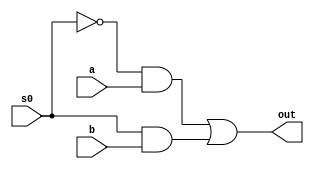
`timescale 1ns / 1ps
//////////////////////////////////////////////////////////////////////////////////
// Company: 
// Engineer: 
// 
// Design Name: 
// Module Name: mux2_1
// Project Name: 
// Target Devices: 
// Tool Versions: 
// Description: 
// 
// Dependencies: 
// 
// Revision:
// Revision 0.01 - File Created
// Additional Comments:
// 
//////////////////////////////////////////////////////////////////////////////////


module mux2_1(out, a, b, s0);
input a,b,s0;
output out;
wire s0bar, s0, y0, y1;
not n1(s0bar,s0);
not(s1bar,s1);
and(y0,s0bar,a);
and(y1,s0,b);
or(out,y0,y1);
endmodule